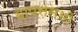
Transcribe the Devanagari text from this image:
वापससभी